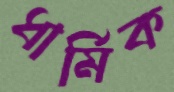
ধার্মিক